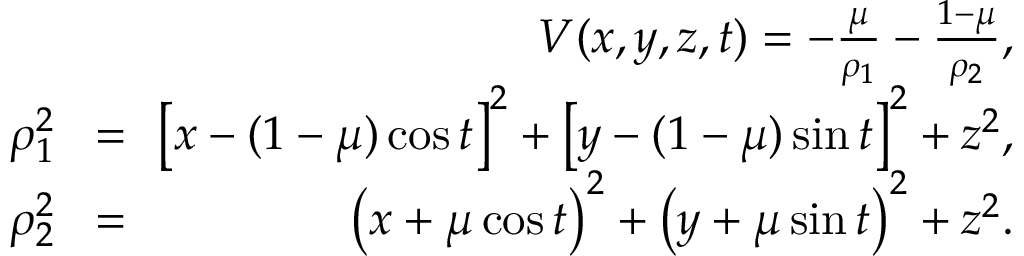
\begin{array} { r l r } & { } & { V ( x , y , z , t ) = - \frac { \mu } { \rho _ { 1 } } - \frac { 1 - \mu } { \rho _ { 2 } } , } \\ { \qquad \rho _ { 1 } ^ { 2 } } & { \! = \! \! } & { { \left[ x - ( 1 - \mu ) \cos { t } \right] } ^ { 2 } + { \left[ y - ( 1 - \mu ) \sin { t } \right] } ^ { 2 } + z ^ { 2 } , } \\ { \qquad \rho _ { 2 } ^ { 2 } } & { \! = \! \! } & { { \left( x + \mu \cos { t } \right) } ^ { 2 } + { \left( y + \mu \sin { t } \right) } ^ { 2 } + z ^ { 2 } . } \end{array}